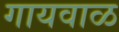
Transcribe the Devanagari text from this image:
गायवाळ